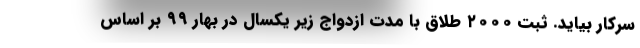
سرکار بیاید. ثبت ۲۰۰۰ طلاق با مدت ازدواج زیر یکسال در بهار ۹۹ بر اساس